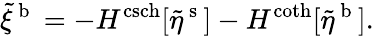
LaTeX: \tilde{\xi}^{\mathrm{~b~}}=-H^{\operatorname{csch}}[\tilde{\eta}^{\mathrm{~s~}}]-H^{\coth}[\tilde{\eta}^{\mathrm{~b~}}].